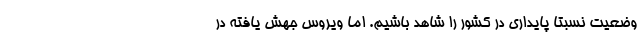
وضعیت نسبتا پایداری در کشور را شاهد باشیم. اما ویروس جهش یافته در